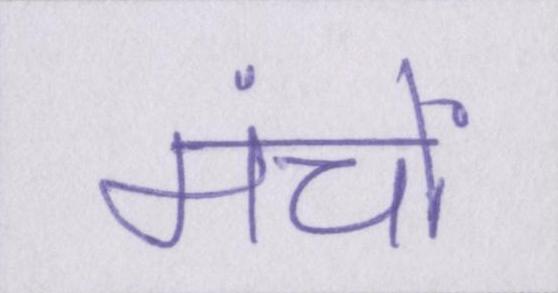
मंचों